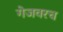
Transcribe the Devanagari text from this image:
गेजवरच